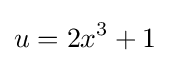
u=2x^{3}+1